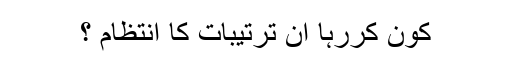
کون کررہا ان ترتیبات کا انتظام ؟